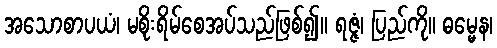
အသောစာပယံ၊ မစိုးရိမ်စေအပ်သည်ဖြစ်၍။ ရဇ္ဇံ၊ ပြည်ကို။ ဓမ္မေန၊